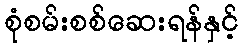
စုံစမ်းစစ်ဆေးရန်နှင့်